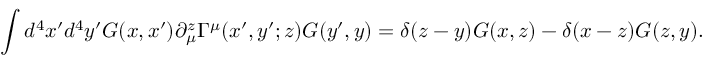
\int d ^ { 4 } x ^ { \prime } d ^ { 4 } y ^ { \prime } G ( x , x ^ { \prime } ) \partial _ { \mu } ^ { z } \Gamma ^ { \mu } ( x ^ { \prime } , y ^ { \prime } ; z ) G ( y ^ { \prime } , y ) = \delta ( z - y ) G ( x , z ) - \delta ( x - z ) G ( z , y ) .